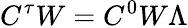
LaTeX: C^{\tau}W=C^{0}W\Lambda